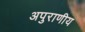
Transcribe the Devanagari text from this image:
अपुराणीय